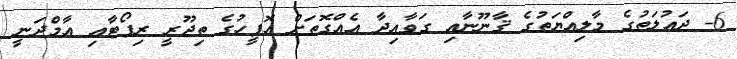
6- ދައުލަތުގެ މާލިއްޔަތުގެ ޤާނޫނާއި ގަވާއިދާ އެއްގޮތަށް އޮފީހުގެ ތިޖޫރީ ރިޕޯޓާއި އާމްދަނީ